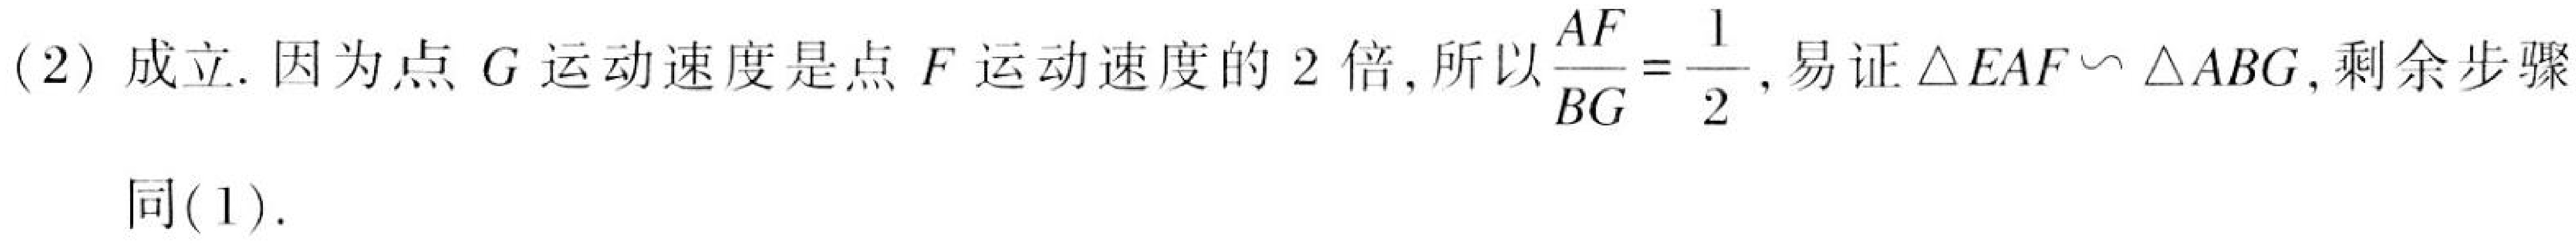
(2) 成立. 因为点 \(G\) 运动速度是点 \(F\) 运动速度的 \(2\) 倍, 所以\(\dfrac{AF}{BG}=\dfrac{1}{2}\), 易证\(\triangle EAF\sim\triangle ABG\),剩余步骤
同(1).